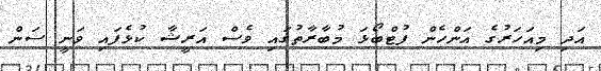
އަދި މިއަހަރުގެ އަންހެން ފުޓްބޯޅަ މުބާރާތުގައި ވެސް އަރީޝާ ކުޅެފައި ވަނީ ސަން